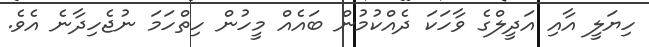
ހިޔަލީ އާއި އަދީލްގެ ވާހަކަ ދެއްކުމުން ބައެއް މީހުން ހިތްހަމަ ނުޖެހިދާނެ އެވެ.